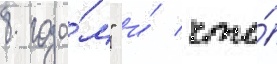
8 года́м" и́ что́